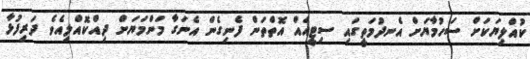
ކުއްލިޔަކަށް ސަހުމާޔަށް އެނދުމަތީގައި ސިޓީއެއް އޮތްތަން ފެނިގެން އެނަގާ މަންމަޔަށް ދިއްކޮއްލިއެވެ ދަރިފުޅާ